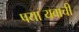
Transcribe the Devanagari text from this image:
पया॔यवाची